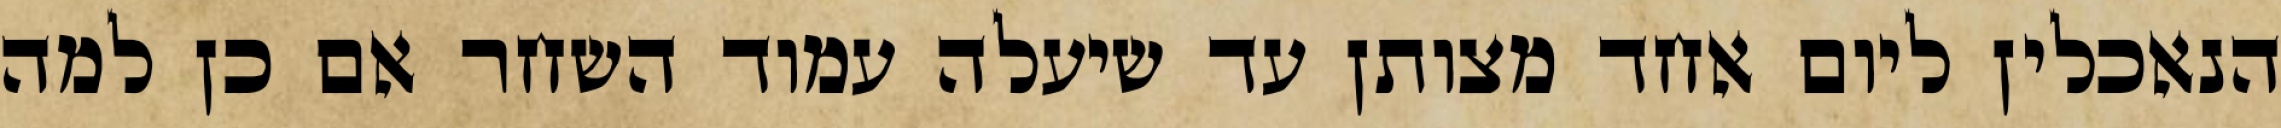
הנאכלין ליום אחד מצותן עד שיעלה עמוד השחר אם כן למה